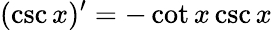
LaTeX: (\csc x)^{\prime}=-\cot x\csc x